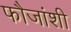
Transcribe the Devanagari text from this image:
फौजांशी